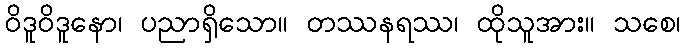
ဝိဒူဝိဒူနော၊ ပညာရှိသော။ တဿနရဿ၊ ထိုသူအား။ သစေ၊